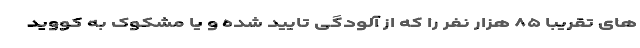
های تقریبا ۸۵ هزار نفر را که از آلودگی تایید شده و یا مشکوک به کووید